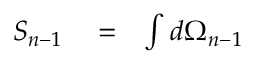
\begin{array} { r l r } { S _ { n - 1 } } & { { } = } & { \int d \Omega _ { n - 1 } } \end{array}